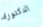
الدكتوراه